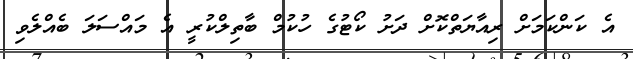
އެ ކަންކަމަށް ރިއާޔަތްކޮށް ދަށު ކޯޓުގެ ހުކުމް ބާތިލްކުރީ އެ މައްސަލަ ބެއްލެވި